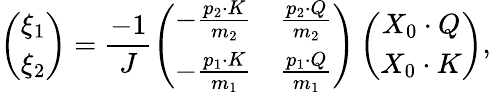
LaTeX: \left(\begin{array}{c}{{\xi_{1}}}\\ {{\xi_{2}}}\end{array}\right)=\frac{-1}{J}\left(\begin{array}{cc}{{-\frac{p_{2}\cdot K}{m_{2}}}}&{{\frac{p_{2}\cdot Q}{m_{2}}}}\\ {{-\frac{p_{1}\cdot K}{m_{1}}}}&{{\frac{p_{1}\cdot Q}{m_{1}}}}\end{array}\right)\left(\begin{array}{c}{{X_{0}\cdot Q}}\\ {{X_{0}\cdot K}}\end{array}\right),